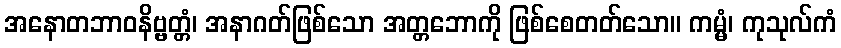
အနောတဘာဝနိဗ္ဗတ္တံ၊ အနာဂတ်ဖြစ်သော အတ္တဘောကို ဖြစ်စေတတ်သော။ ကမ္မံ၊ ကုသုလ်ကံ